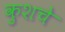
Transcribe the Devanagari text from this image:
कुशचे